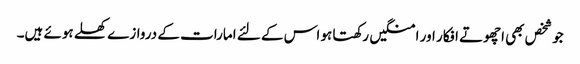
جو شخص بھی اچھوتے افکار اور امنگیں رکھتا ہو اس کے لئے امارات کے دروازے کھلے ہوئے ہیں۔